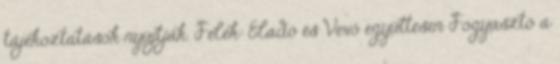
tájékoztatások nyújtják. Felek: Eladó és Vevő együttesen Fogyasztó a